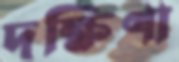
দক্ষিণা